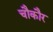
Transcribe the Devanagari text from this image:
चौकौर